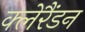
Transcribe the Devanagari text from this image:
क्लेरैंडन